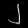
Digit: ၂